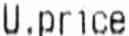
U.PRICE